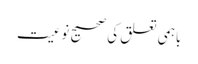
باہمی تعلق کی صحیح نوعیت